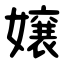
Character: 嬢